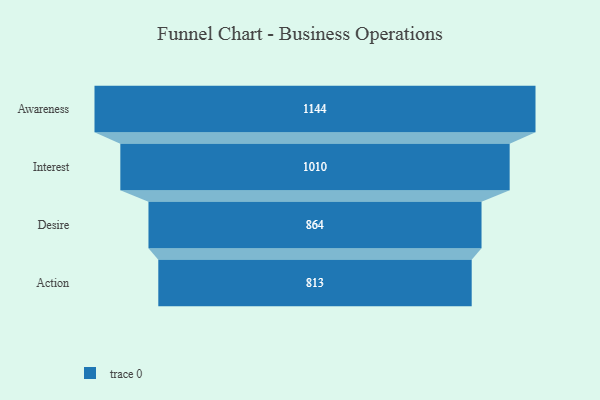
{"axis": {"x": "Stage", "y": "Value"}, "legend": [""], "data": [{"x": "Awareness", "y": 1144.0, "type": ""}, {"x": "Interest", "y": 1010.0, "type": ""}, {"x": "Desire", "y": 864.0, "type": ""}, {"x": "Action", "y": 813.0, "type": ""}]}